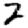
Digit: 2